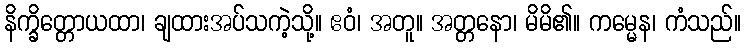
နိက္ခိတ္တောယထာ၊ ချထားအပ်သကဲ့သို့။ ဧဝံ၊ အတူ။ အတ္တနော၊ မိမိ၏။ ကမ္မေန၊ ကံသည်။